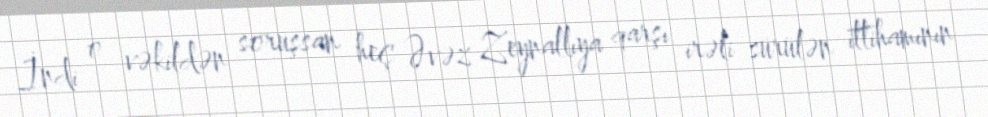
İndi o vəkildən soruşsan heç Əvəz Zeynallıya qarşı irəli sürülən ittihamının